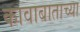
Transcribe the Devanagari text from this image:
कावाबाताच्या